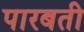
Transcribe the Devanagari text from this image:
पारबती